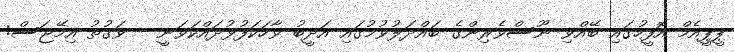
ޕީޕީއެމް އޮފީހުގައި ބޭއްވި ނޫސްވެރިންގެ ބައްދަލުވުމުގައި އަދީބު ވާހަކަފުޅުދައްކަވަނީ - ވަގުތު އިމޭޖަސް: